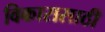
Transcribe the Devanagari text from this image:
विकारासाठी